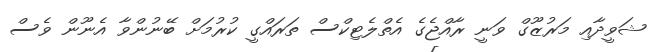
ޝަވީދާއި މަރުޒޫގް ވަނީ ރާއްޖެގެ އެތްލެޓިކްސް ތަރައްގީ ކުރުމަށް ބޭނުންވާ އެނޫން ވެސް